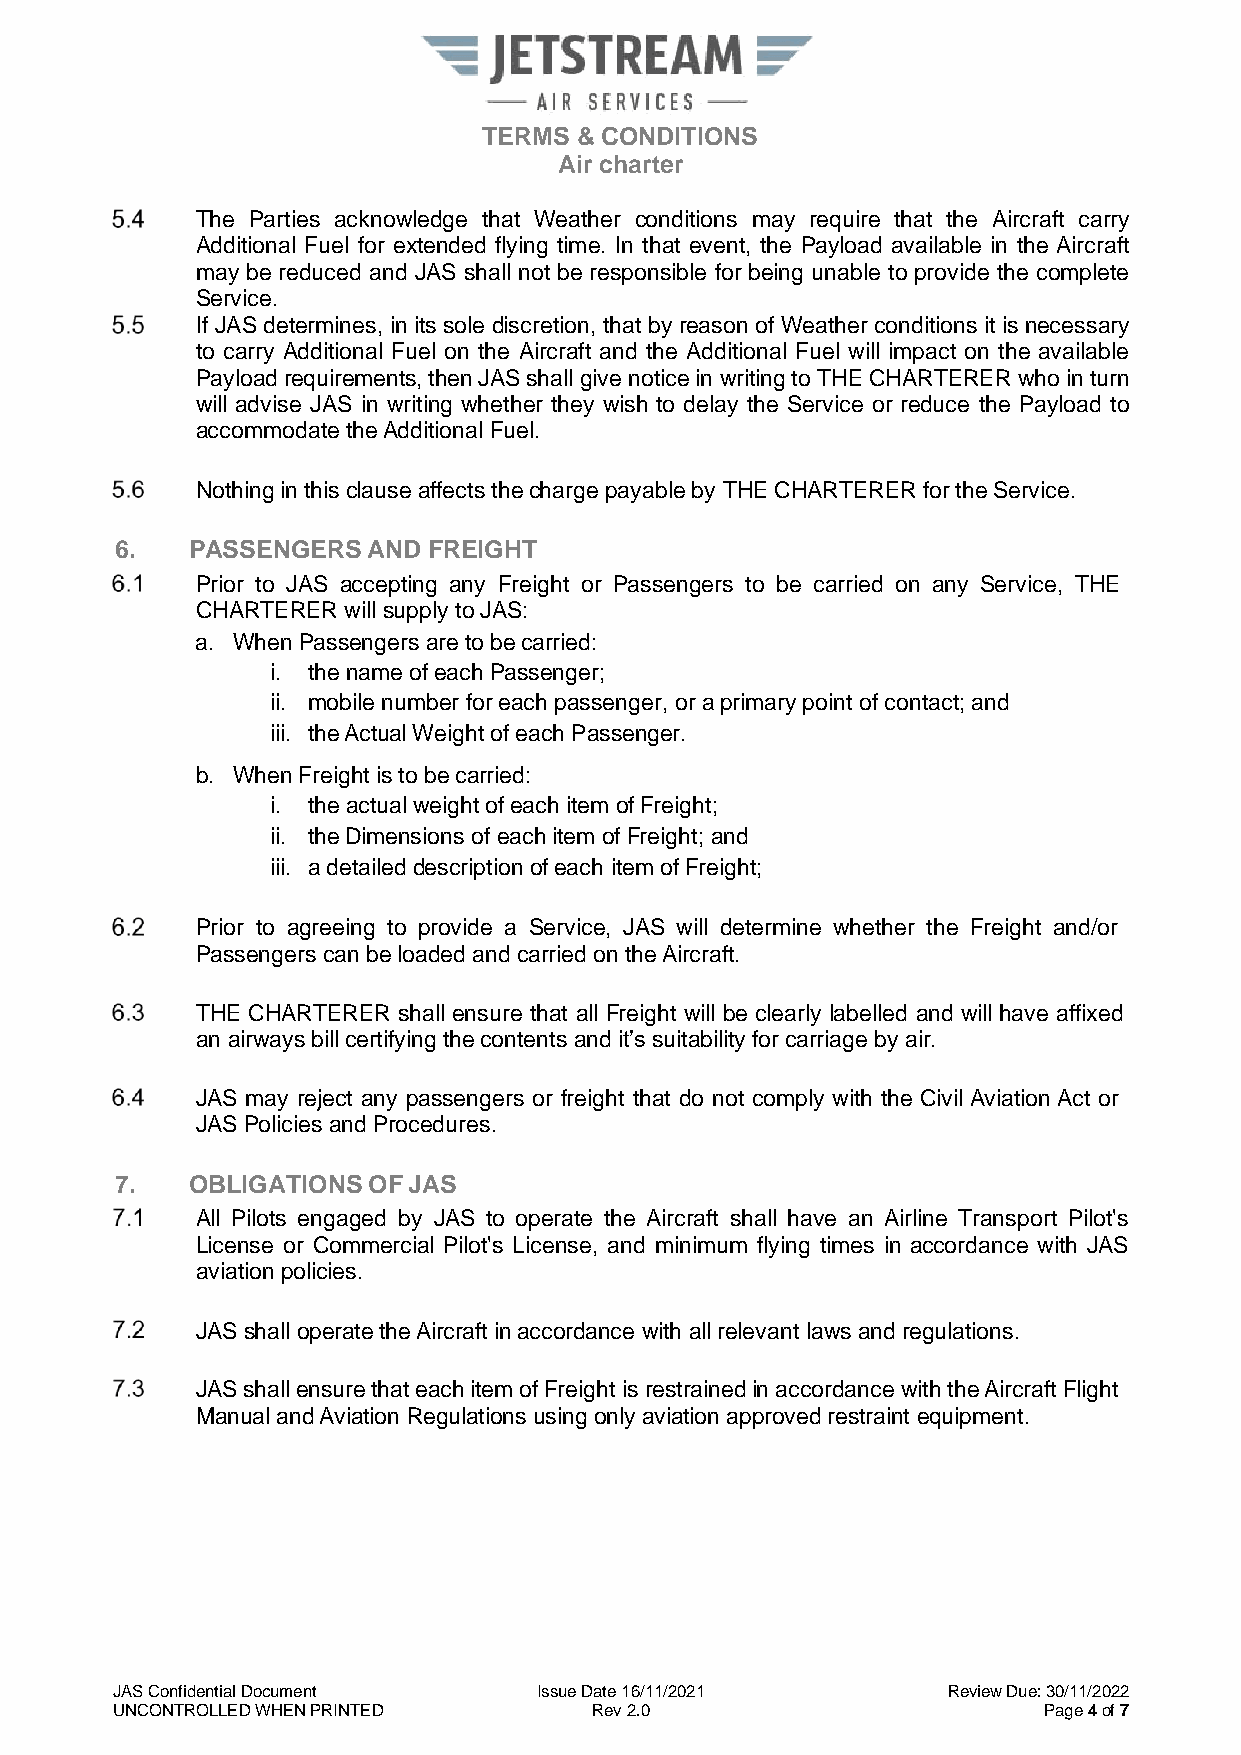
TERMS & CONDITIONS
 Air charter
 The Parties acknowledge that Weather conditions may require that the Aircraft carry
 Additional Fuel for extended flying time. In that event, the Payload available in the Aircraft
 may be reduced and JAS shall not be responsible for being unable to provide the complete
 Service.
 If JAS determines, in its sole discretion, that by reason of Weather conditions it is necessary
 to carry Additional Fuel on the Aircraft and the Additional Fuel will impact on the available
 Payload requirements, then JAS shall give notice in writing to THE CHARTERER who in turn
 will advise JAS in writing whether they wish to delay the Service or reduce the Payload to
 accommodate the Additional Fuel.
 Nothing in this clause affects the charge payable by THE CHARTERER for the Service.
 6.  PASSENGERS  AND FREIGHT
 Prior to JAS accepting any Freight or Passengers to be carried on any Service, THE
 CHARTERER will supply to JAS:
 a. When Passengers are to be carried:
 i. the name of each Passenger;
 ii. mobile number for each passenger, or a primary point of contact; and
 iii. the Actual Weight of each Passenger.
 b. When Freight is to be carried:
 i. the actual weight of each item of Freight;
 ii. the Dimensions of each item of Freight; and
 iii. a detailed description of each item of Freight;
 Prior to agreeing to provide a Service, JAS will determine whether the Freight and/or
 Passengers can be loaded and carried on the Aircraft.
 THE CHARTERER shall ensure that all Freight will be clearly labelled and will have affixed
 an airways bill certifying the contents and it’s suitability for carriage by air.
 JAS may reject any passengers or freight that do not comply with the Civil Aviation Act or
 JAS Policies and Procedures.
 7.  OBLIGATIONS OF JAS
 All Pilots engaged by JAS to operate the Aircraft shall have an Airline Transport Pilot's
 License or Commercial Pilot's License, and minimum flying times in accordance with JAS
 aviation policies.
 JAS shall operate the Aircraft in accordance with all relevant laws and regulations.
 JAS shall ensure that each item of Freight is restrained in accordance with the Aircraft Flight
 Manual and Aviation Regulations using only aviation approved restraint equipment.
 JAS Confidential Document    Issue Date 16/11/2021      Review Due: 30/11/2022
 UNCONTROLLED WHEN PRINTED       Rev 2.0                       Page 4 of 7